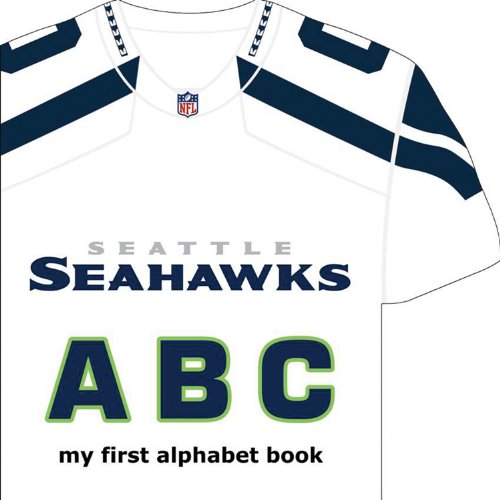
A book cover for Seattle Seahawks ABC (My First Alphabet Books); Brad M. Epstein; Children's Books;